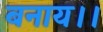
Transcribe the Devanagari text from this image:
बनाय।।